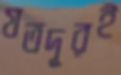
যতদূরই